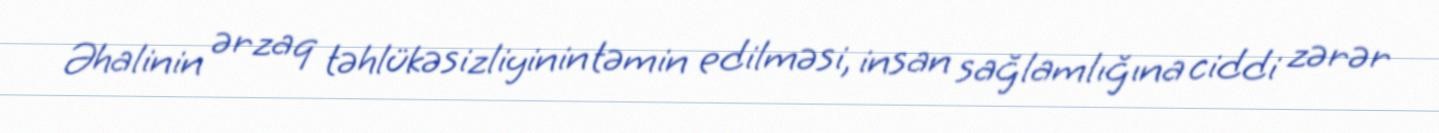
Əhalinin ərzaq təhlükəsizliyinin təmin edilməsi, insan sağlamlığına ciddi zərər